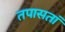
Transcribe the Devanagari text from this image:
तपासतां